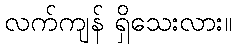
လက်ကျန် ရှိသေးလား။